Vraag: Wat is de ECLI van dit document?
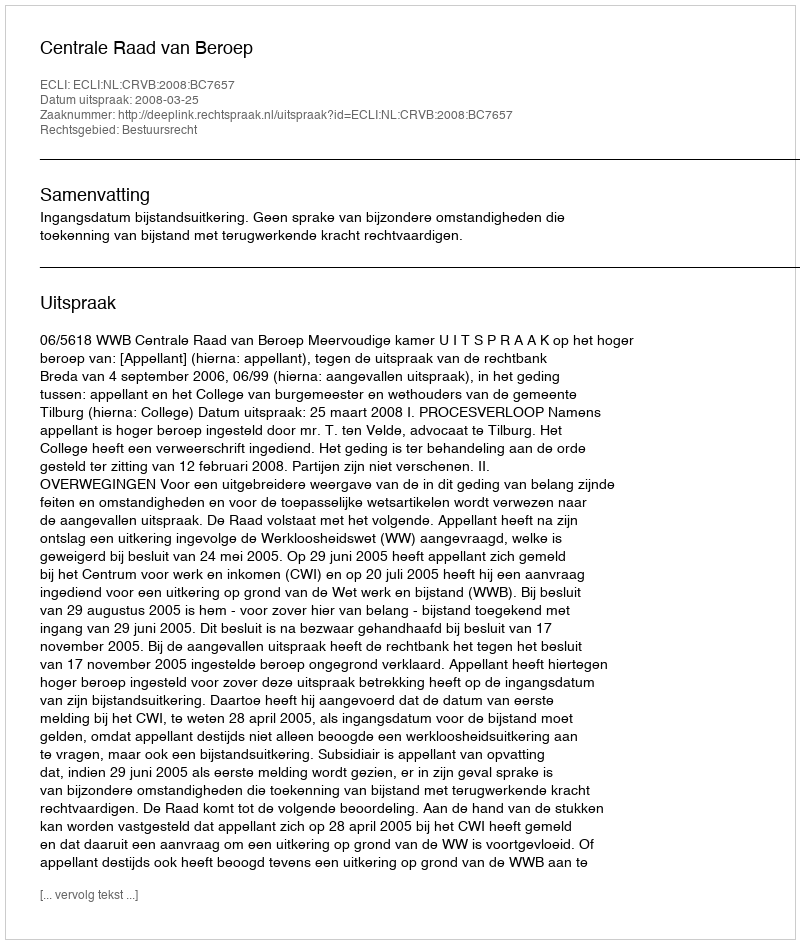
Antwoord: ECLI:NL:CRVB:2008:BC7657